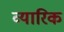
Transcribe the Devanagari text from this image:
व्यारिक